Indian journal of veterinary science and animal husbandry - Volumes 18-21, 1948-1951
Year: 1948
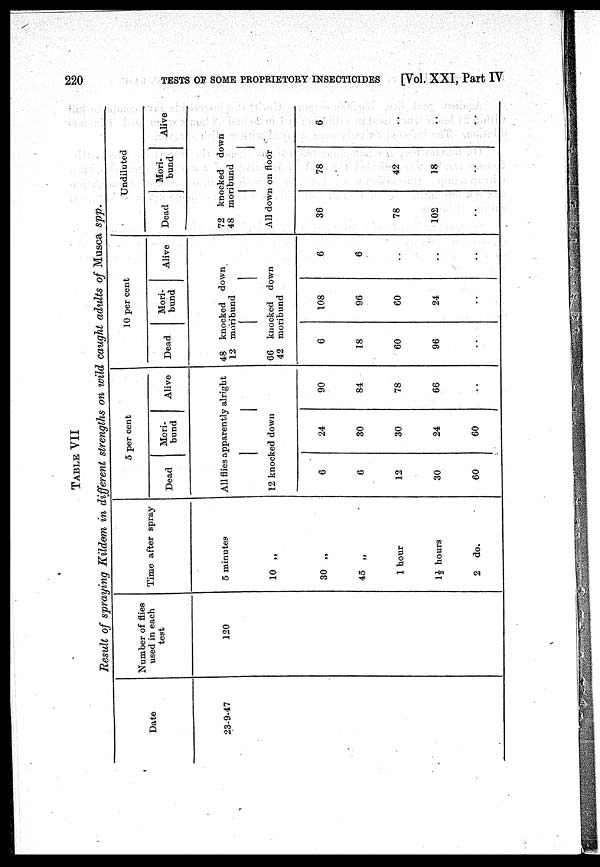
220
TESTS OF SOME PROPRIETORY INSECTICIDES
[Vol. XXI, Part IV
TABLE VII
Result of spraying Kildem in different strengths on wild caught adults of Musca spp.
Date
23-9-47
Number of flies
used in each
test
120
Time after spray
5 minutes
10 „
30 „
45 „
1 hour
1½ hours
2 do.
5 per cent
Dead
Mori-
bund
Alive
All flies apparently alright
12 knocked down
6
6
12
30
60
24
30
30
24
60
90
84
78
66
..
10 per cent
Dead
Mori-
bund
Alive
48 knocked down
12 moribund
66 knocked down
42 moribund
6
18
60
96
..
108
96
60
24
..
6
6
..
..
..
Undiluted
Dead
Mori-
bund
Alive
72 knocked down
48 moribund
All down on floor
36
78
102
..
78
42
18
..
6
..
..
..